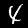
Label: 4